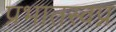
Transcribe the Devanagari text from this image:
प्रभातस्वप्न